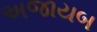
અજાયબ